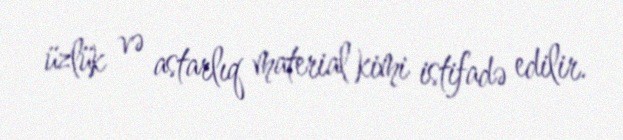
üzlük və astarlıq material kimi istifadə edilir.